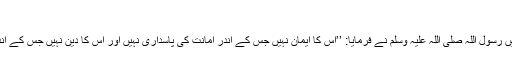
‘‘
انس رضی اللہ عنہ روایت کرتے ہیں رسول اللہ صلی اللہ علیہ وسلم نے فرمایا: ’’اس کا ایمان نہیں جس کے اندر امانت کی پاسداری نہیں اور اس کا دین نہیں جس کے اندر عہد کی پابندی کا احساس نہیں‘‘۔